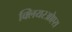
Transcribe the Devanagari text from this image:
क्लियरओएस